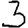
Digit: 3